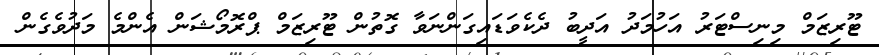
ޓޫރިޒަމް މިނިސްޓަރު އަހުމަދު އަދީބު ދެކެވަޑައިގަންނަވާ ގޮތުން ޓޫރިޒަމް ޕްރޮމޯޝަން އެންމެ މަދުވެގެން